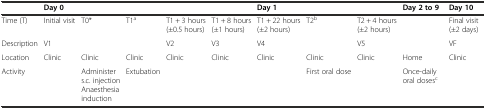
|  | <COLSPAN=5> Day 0 | <COLSPAN=3> Day 1 | Day 2 to 9 | Day 10 |
 | --- | --- | --- | --- | --- | --- | --- | --- | --- | --- | --- |
 | Time (T) | Initial visit | T0* | T1a | T1 + 3 hours (±0.5 hours) | T1 + 8 hours (±1 hours) | T1 + 22 hours (±2 hours) | T2b | T2 + 4 hours (±2 hours) |  | Final visit (±2 days) |
 | Description | V1 |  |  | V2 | V3 | V4 |  | V5 |  | VF |
 | Location | Clinic | Clinic | Clinic | Clinic | Clinic | Clinic | Clinic | Clinic | Home | Clinic |
 | Activity |  | Administer s.c. injection Anaesthesia induction | Extubation |  |  |  | First oral dose |  | Once-daily oral dosesc |  |